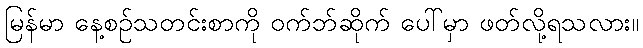
မြန်မာ နေ့စဉ်သတင်းစာကို ဝက်ဘ်ဆိုက် ပေါ်မှာ ဖတ်လို့ရသလား။